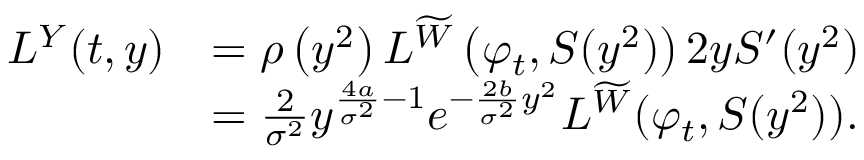
\begin{array} { r l } { L ^ { Y } ( t , y ) } & { = \rho \left( y ^ { 2 } \right) L ^ { \widetilde W } \left( \varphi _ { t } , S ( y ^ { 2 } ) \right) 2 y S ^ { \prime } ( y ^ { 2 } ) } \\ & { = \frac { 2 } { \sigma ^ { 2 } } y ^ { \frac { 4 a } { \sigma ^ { 2 } } - 1 } e ^ { - \frac { 2 b } { \sigma ^ { 2 } } y ^ { 2 } } L ^ { \widetilde W } ( \varphi _ { t } , S ( y ^ { 2 } ) ) . } \end{array}